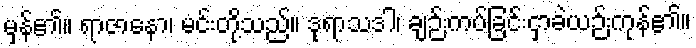
မှန်၏။ ရာဇာနော၊ မင်းတို့သည်။ ဒုရာသဒါ၊ ချဉ်းကပ်ခြင်းငှာခဲယဉ်းကုန်၏။